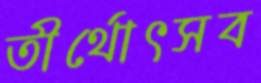
তীর্থোৎসব